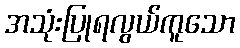
အသုံးပြုရလွယ်ကူသော